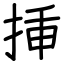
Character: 挿